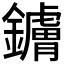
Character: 𬬚